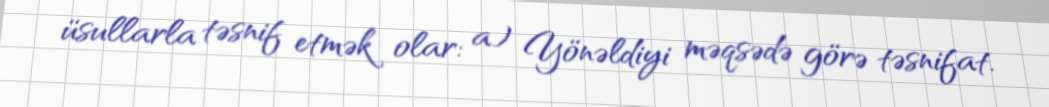
üsullarla təsnif etmək olar: a) Yönəldiyi məqsədə görə təsnifat.